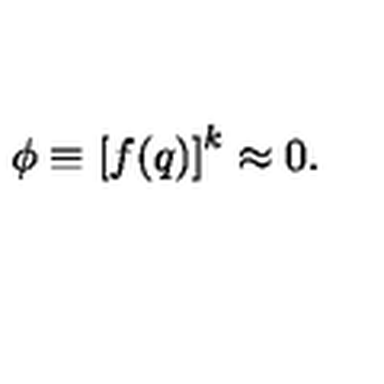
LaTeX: \phi \equiv \left[ f ( q ) \right] ^ { k } \approx 0 .